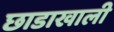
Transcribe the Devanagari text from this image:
छाडाखाली